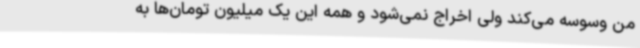
من وسوسه می‌کند ولی اخراج نمی‌شود و همه این یک میلیون تومان‌ها به